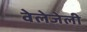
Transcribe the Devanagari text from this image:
वेलेजेली